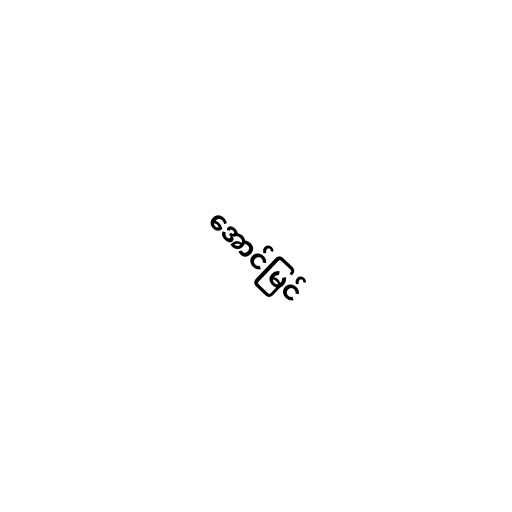
အောင်မြင်